Report of the Indian Hemp Drugs Commission, 1894-1895 - Volume III
Year: 1894
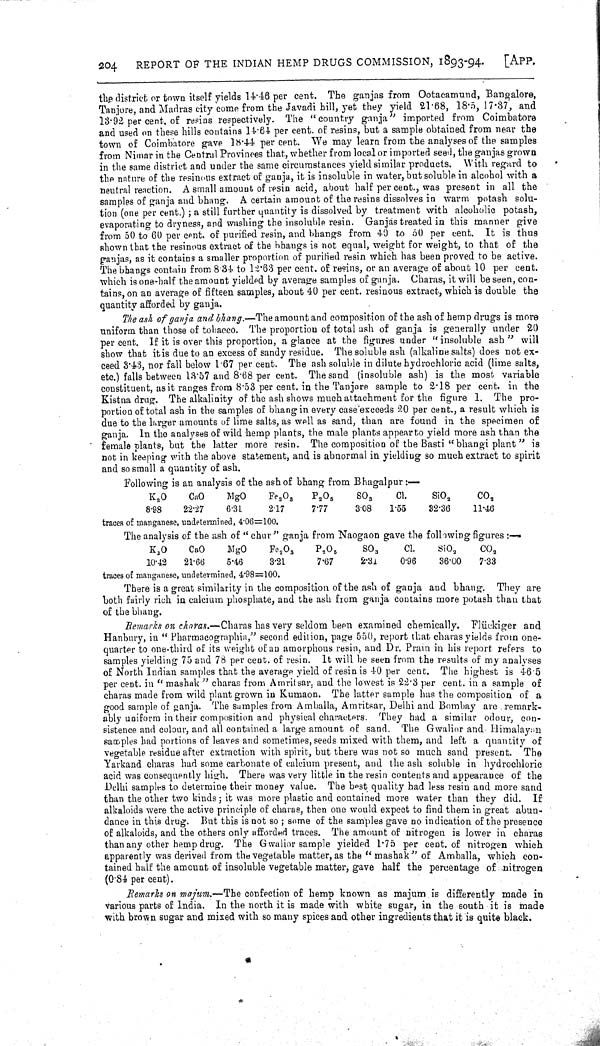
204
REPORT OF THE INDIAN HEMP DRUGS COMMISSION, 1893-94.
[APP.
the district or town itself yields 14.46 per cent. The ganjas from Ootacamund, Bangalore,
Tanjore, and Madras city come from the Javadi hill, yet they yield 21.68, 18.5, 17.37, and
13.92 per cent. of resins respectively. The "country ganja" imported from Coimbatore
and used on these hills contains 14.64 per cent. of resins, but a sample obtained from near the
town of Coimbatore gave 18.44 per cent. We may learn from the analyses of the samples
from Nimar in the Central Provinces that, whether from local or imported seed, the ganjas grown
in the same district and under the same circumstances yield similar products. With regard to
the nature of the resinous extract of ganja, it is insoluble in water, but soluble in alcohol with a
neutral reaction. A small amount of resin acid, about half per cent., was present in all the
samples of ganja and bhang. A certain amount of the resins dissolves in warm potash solu-
tion (one per cent.); a still further quantity is dissolved by treatment with alcoholic potash,
evaporating to dryness, and washing the insoluble resin. Ganjas treated in this manner give
from 50 to 60 per cent. of purified resin, and bhangs from 40 to 50 per cent. It is thus
shown that the resinous extract of the bhangs is not equal, weight for weight, to that of the
ganjas, as it contains a smaller proportion of purified resin which has been proved to be active.
The bhangs contain from 8.31 to 12.63 per cent. of resins, or an average of about 10 per cent.
which is one-half the amount yielded by average samples of ganja. Charas, it will be seen, con-
tains, on an average of fifteen samples, about 40 per cent. resinous extract, which is double the
quantity afforded by ganja.
The ash of ganja and bhang.-The amount and composition of the ash of hemp drugs is more
uniform than those of tobacco. The proportion of total ash of ganja is generally under 20
per cent. If it is over this proportion, a glance at the figures under "insoluble ash" will
show that it is due to an excess of sandy residue. The soluble ash (alkaline salts) does not ex-
ceed 3.43, nor fall below 1.67 per cent. The ash soluble in dilute hydrochloric acid (lime salts,
etc.) falls between 13.57 and 8.68 per cent. The sand (insoluble ash) is the most variable
constituent, as it ranges from 8.53 per cent. in the Tanjore sample to 2.18 per cent. in the
Kistna drug. The alkalinity of the ash shows much attachment for the figure 1. The pro-
portion of total ash in the samples of bhang in every case exceeds 20 per cent., a result which is
due to the larger amounts of lime salts, as well as sand, than are found in the specimen of
ganja. In the analyses of wild hemp plants, the male plants appear to yield more ash than the
female plants, but the latter more resin. The composition of the Basti "bhangi plant" is
not in keeping with the above statement, and is abnormal in yielding so much extract to spirit
and so small a quantity of ash.
Following is an analysis of the ash of bhang from Bhagalpur:-
K2O
CaO
MgO
Fe2O3
P2O5
SO3
Cl.
SiO2
CO2
8.98
22.27
6.31
2.17
7.77
3.08
1.55
32.36
11.46
traces of manganese, undetermined, 4.06=100.
The analysis of the ash of "chur" ganja from Naogaon gave the following figures:-
K2O
CaO
MgO
Fe2O3
P205
SO3
CI.
SiO2
CO2
10.42
21.66
5.46
3.21
7.67
2.31
0.96
36.00
7.33
traces of manganese, undetermined, 4.98=100.
There is a great similarity in the composition of the ash of ganja and bhang. They are
both fairly rich in calcium phosphate, and the ash from ganja contains more potash than that
of the bhang.
Remarks on charas.-Charas has very seldom been examined chemically. Flückiger and
Hanbury, in " Pharmacographia," second edition, page 550, report that charas yields from one-
quarter to one-third of its weight of an amorphous resin, and Dr. Prain in his report refers to
samples yielding 75 and 78 per cent. of resin. It will be seen from the results of my analyses
of North Indian samples that the average yield of resin is 40 per cent. The highest is 46.5
per cent. in "mashak" charas from Amritsar, and the lowest is 22.3 per cent. in a sample of
charas made from wild plant grown in Kumaon. The latter sample has the composition of a
good sample of ganja. The samples from Amballa, Amritsar, Delhi and Bombay are remark-
ably uniform in their composition and physical characters. They had a similar odour, con-
sistence and colour, and all contained a large amount of sand. The Gwalior and Himalayan
samples had portions of leaves and sometimes, seeds mixed with them, and left a quantity of
vegetable residue after extraction with spirit, but there was not so much sand present. The
Yarkand charas had some carbonate of calcium present, and the ash soluble in hydrochloric
acid was consequently high. There was very little in the resin contents and appearance of the
Delhi samples to determine their money value. The best quality had less resin and more sand
than the other two kinds; it was more plastic and contained more water than they did. If
alkaloids were the active principle of charas, then one would expect to find them in great abun-
dance in this drug. But this is not so; some of the samples gave no indication of the presence
of alkaloids, and the others only afforded traces. The amount of nitrogen is lower in charas
than any other hemp drug. The Gwalior sample yielded 1.75 per cent. of nitrogen which
apparently was derived from the vegetable matter, as the " mashak" of Amballa, which con-
tained half the amount of insoluble vegetable matter, gave half the percentage of nitrogen
(0.84 per cent).
Remarks on majum.-The confection of hemp known as majum is differently made in
various parts of India. In the north it is made with white sugar, in the south it is made
with brown sugar and mixed with so many spices and other ingredients that it is quite black.